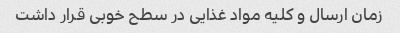
زمان ارسال و کلیه مواد غذایی در سطح خوبی قرار داشت